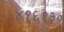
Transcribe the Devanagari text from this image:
४१६१३०